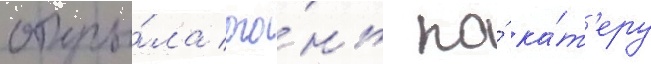
откры́ла ого́нь по́ ка́т'еру